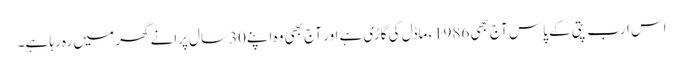
اس ارب پتی کے پاس آج بھی 1986ء ماڈل کی گاڑی ہے اور آج بھی وہ اپنے30سال پرانے گھر میں رہ رہا ہے۔